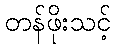
တန်ဖိုးသင့်